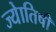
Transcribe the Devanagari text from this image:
ज्‍येातिषी